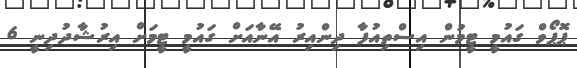
ޕޮޕޯވް ގައުމީ ޓީމުން އިސްތިއުފާ ދިންއިރު އޭނާއަށް ގައުމީ ޓީމަށް އިރުޝާދުދިނީ 6